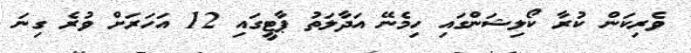
ވެރިކަން ކުރާ ކޯލިޝަންގައި ހިމެނޭ އަދާލަތު ޕާޓީގައި 12 އަހަރަށް ވުރެ ގިނަ